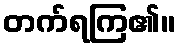
တက်ရကြ၏။